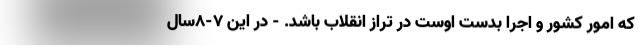
که امور کشور و اجرا بدست اوست در تراز انقلاب باشد. - در این ۷-۸سال